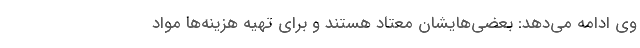
وی ادامه می‌دهد: بعضی‌هایشان معتاد هستند و برای تهیه هزینه‌ها مواد